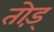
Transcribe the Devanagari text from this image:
तोड़्